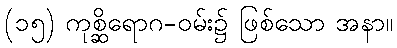
(၁၅) ကုစ္ဆိရောဂ-ဝမ်း၌ ဖြစ်သော အနာ။